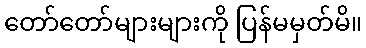
တော်တော်များများကို ပြန်မမှတ်မိ။